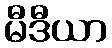
မီဒီယာ